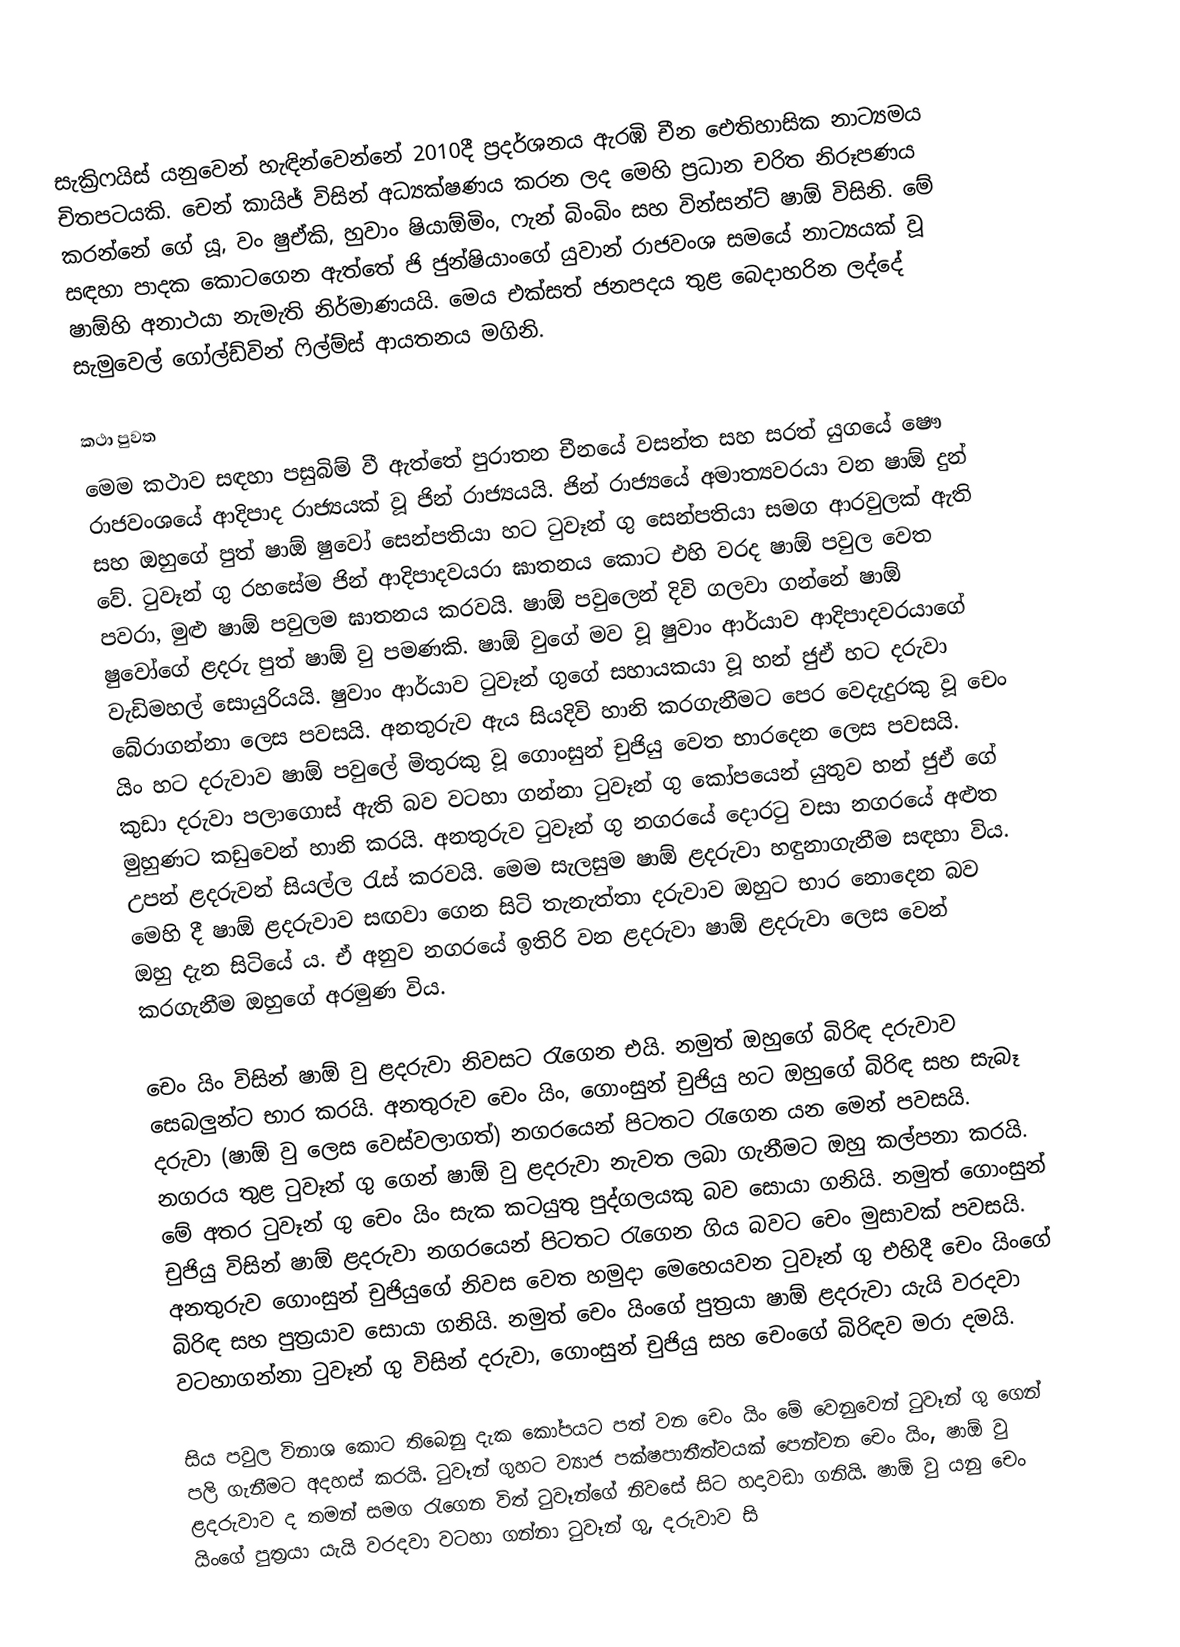
සැක්‍රිෆයිස් යනුවෙන් හැඳින්වෙන්නේ 2010දී ප්‍රදර්ශනය ඇරඹි චීන ඓතිහාසික නාට්‍යමය චිතපටයකි. චෙන් කායිජ් විසින් අධ්‍යක්ෂණය කරන ලද මෙහි ප්‍රධාන චරිත නිරූපණය කරන්නේ ගේ යූ, වං ෂුඒකි, හුවාං ෂියාඕමිං, ෆැන් බිංබිං සහ වින්සන්ට් ෂාඕ විසිනි. මේ සඳහා පාදක කොටගෙන ඇත්තේ ජි ජුන්ෂියාංගේ යුවාන් රාජවංශ සමයේ නාට්‍යයක් වූ ෂාඕහි අනාථයා නැමැති නිර්මාණයයි‍. මෙය එක්සත් ජනපදය තුළ බෙදාහරින ලද්දේ සැමුවෙල් ගෝල්ඩ්වින් ෆිල්ම්ස් ආයතනය මගිනි.

කථා පුවත
මෙම කථාව සඳහා පසුබිම් වී ඇත්තේ පුරාතන චීනයේ වසන්ත සහ සරත් යුගයේ ෂෞ රාජවංශයේ ආදිපාද රාජ්‍යයක් වූ ජින් රාජ්‍යයයි. ජින් රාජ්‍යයේ අමාත්‍යවරයා වන ෂාඕ දුන් සහ ඔහුගේ පුත් ෂාඕ ෂුවෝ සෙන්පතියා හට ටුවෑන් ගු සෙන්පතියා සමග ආරවුලක් ඇති වේ. ටුවෑන් ගු රහසේම ජින් ආදිපාදවයරා ඝාතනය කොට එහි වරද ෂාඕ පවුල වෙත පවරා, මුළු ෂාඕ පවුලම ඝාතනය කරවයි. ෂාඕ පවුලෙන් දිවි ගලවා ගන්නේ ෂාඕ ෂුවෝගේ ළදරු පුත් ෂාඕ වු පමණකි. ෂාඕ වුගේ මව වූ ෂුවාං ආර්යාව ආදිපාදවරයාගේ වැඩිමහල් සොයුරියයි. ෂුවාං ආර්යාව ටුවෑන් ගුගේ සහායකයා වූ හන් ජුඒ හට දරුවා බේරාගන්නා ලෙස පවසයි. අනතුරුව ඇය සියදිවි හානි කරගැනීමට පෙර වෙදැදුරකු වූ චෙං යිං හට දරුවාව ෂාඕ පවුලේ මිතුරකු වූ ගොංසුන් චුජියු වෙත භාරදෙන ලෙස පවසයි. කුඩා දරුවා පලාගොස් ඇති බව වටහා ගන්නා ටුවෑන් ගු කෝපයෙන් යුතුව හන් ජුඒ ගේ මුහුණට කඩුවෙන් හානි කරයි. අනතුරුව ටුවෑන් ගු නගරයේ දොරටු වසා නගරයේ අළුත උපන් ළදරුවන් සියල්ල රැස් කරවයි. මෙම සැලසුම ෂාඕ ළදරුවා හඳුනාගැනීම සඳහා විය. මෙහි දී ෂාඕ ළදරුවාව සඟවා ගෙන සිටි තැනැත්තා දරුවාව ඔහුට භාර නොදෙන බව ඔහු දැන සිටියේ ය. ඒ අනුව නගරයේ ඉතිරි වන ළදරුවා ෂාඕ ළදරුවා ලෙස වෙන් කරගැනීම ඔහුගේ අරමුණ විය.

චෙං යිං විසින් ෂාඕ වු ළදරුවා නිවසට රැගෙන එයි. නමුත් ඔහුගේ බිරිඳ දරුවාව සෙබලුන්ට භාර කරයි. අනතුරුව චෙං යිං, ‍ගොංසුන් චුජියු හට ඔහුගේ බිරිඳ සහ සැබෑ දරුවා (ෂාඕ වු ලෙස වෙස්වලාගත්) නගරයෙන් පිටතට රැගෙන යන මෙන් පවසයි. නගරය තුළ ටුවෑන් ගු ගෙන් ෂාඕ වු ළදරුවා නැවත ලබා ගැනීමට ඔහු කල්පනා කරයි. මේ අතර ටුවෑන් ගු චෙං යිං සැක කටයුතු පුද්ගලයකු බව සොයා ගනියි. නමුත් ගොංසුන් චුජියු විසින් ෂාඕ ළදරුවා නගරයෙන් පිටතට රැගෙන ගිය බවට චෙං මුසාවක් පවසයි. අනතුරුව ගොංසුන් චුජියුගේ නිවස වෙත හමුදා මෙහෙයවන ටුවෑන් ගු එහිදී චෙං යිංගේ බිරිඳ සහ පුත්‍රයාව සොයා ගනියි. නමුත් චෙං යිං‍ගේ පුත්‍රයා ෂාඕ ළදරුවා යැයි වරදවා වටහාගන්නා ටුවෑන් ගු විසින් දරුවා, ගොංසුන් චුජියු සහ චෙංගේ බිරිඳව මරා දමයි.

සිය පවුල විනාශ කොට තිබෙනු දැක කෝපයට පත් වන චෙං යිං මේ වෙනුවෙන් ටුවෑන් ගු ගෙන් පලි ගැනීමට අදහස් කරයි. ටුවෑන් ගුහට ව්‍යාජ පක්ෂපාතීත්වයක් පෙන්වන චෙං යිං, ෂාඕ වු ළදරුවාව ද තමන් සමග රැගෙන විත් ටුවෑන්ගේ නිවසේ සිට හදාවඩා ගනියි. ෂාඕ වු යනු චෙං යිංගේ පුත්‍රයා යැයි වරදවා වටහා ගන්නා ටුවෑන් ගු, දරුවාව සි